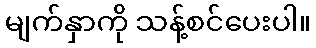
မျက်နှာကို သန့်စင်ပေးပါ။